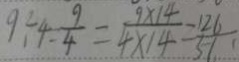
9 \div 4 = \frac { 9 } { 4 } = \frac { 9 \times 1 4 } { 4 \times 1 4 } = \frac { 1 2 6 } { 5 1 }